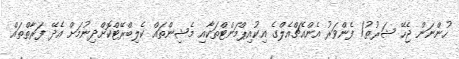
ހުންނަން ޖެހޭ ޝަރުޠު/ ފެންވަރު އެންއެޗްއެލްގެ އިކުއިޕްމަންޓްތަކާއި މެޝިންތައް ކެލިބްރޭޓްކޮށްދިނުމަށް އެދޭ ފަރާތްތައް